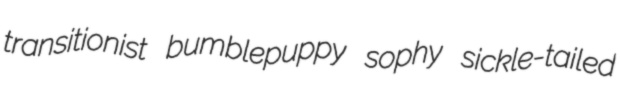
transitionist bumblepuppy sophy sickle-tailed